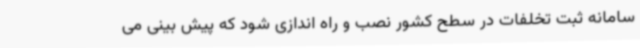
سامانه ثبت تخلفات در سطح کشور نصب و راه اندازی شود که پیش بینی می